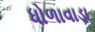
ધોળાવાડા